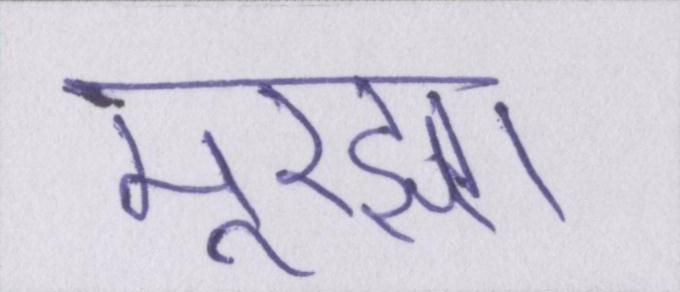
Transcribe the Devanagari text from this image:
मुरझा